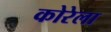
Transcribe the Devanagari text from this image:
कोरेला